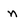
Character: n